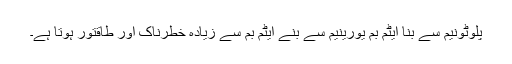
پلوٹونیم سے بنا ایٹم بم یورینیم سے بنے ایٹم بم سے زیادہ خطرناک اور طاقتور ہوتا ہے۔